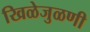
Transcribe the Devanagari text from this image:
खिळेजुळणी